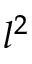
l ^ { 2 }